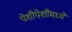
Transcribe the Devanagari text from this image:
पेशीपेशींमध्ये